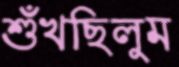
শুঁখছিলুম